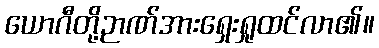
ယောဂီတို့ဉာဏ်အားရှေးရှုထင်လာ၏။